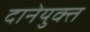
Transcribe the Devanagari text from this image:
दानेयुक्त